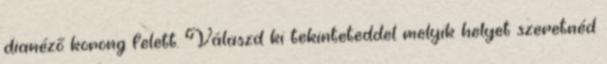
dianéző korong felett. Válaszd ki tekinteteddel melyik helyet szeretnéd